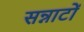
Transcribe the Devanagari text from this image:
सन्नाटों